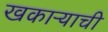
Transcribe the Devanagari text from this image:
खकाऱ्याची